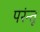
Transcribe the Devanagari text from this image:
परंन्तू